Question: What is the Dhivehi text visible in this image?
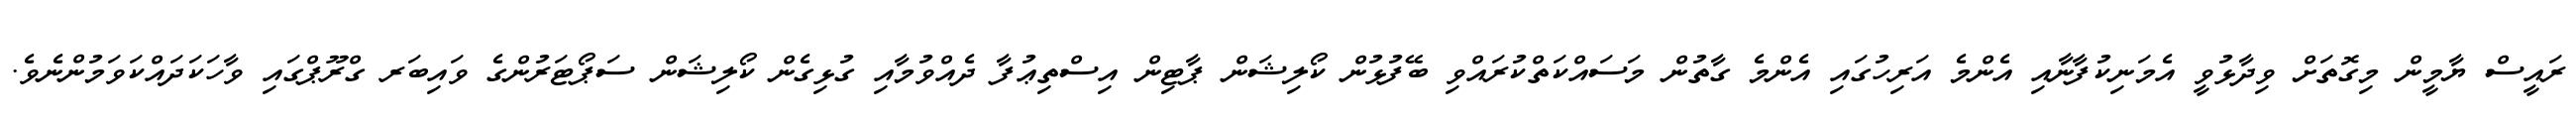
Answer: ރައީސް ޔާމީން މިގޮތަށް ވިދާޅުވީ އެމަނިކުފާނާއި އެންމެ އަރިހުގައި އެންމެ ގާތުން މަސައްކަތްކުރައްވި ބޭފުޅުން ކޯލިޝަން ޕާޓިން އިސްތިޢުފާ ދެއްވުމާއި ގުޅިގެން ކޯލިޝަން ސަޕޯޓަރުންގެ ވައިބަރ ގްރޫޕްގައި ވާހަކަދައްކަވަމުންނެވެ.